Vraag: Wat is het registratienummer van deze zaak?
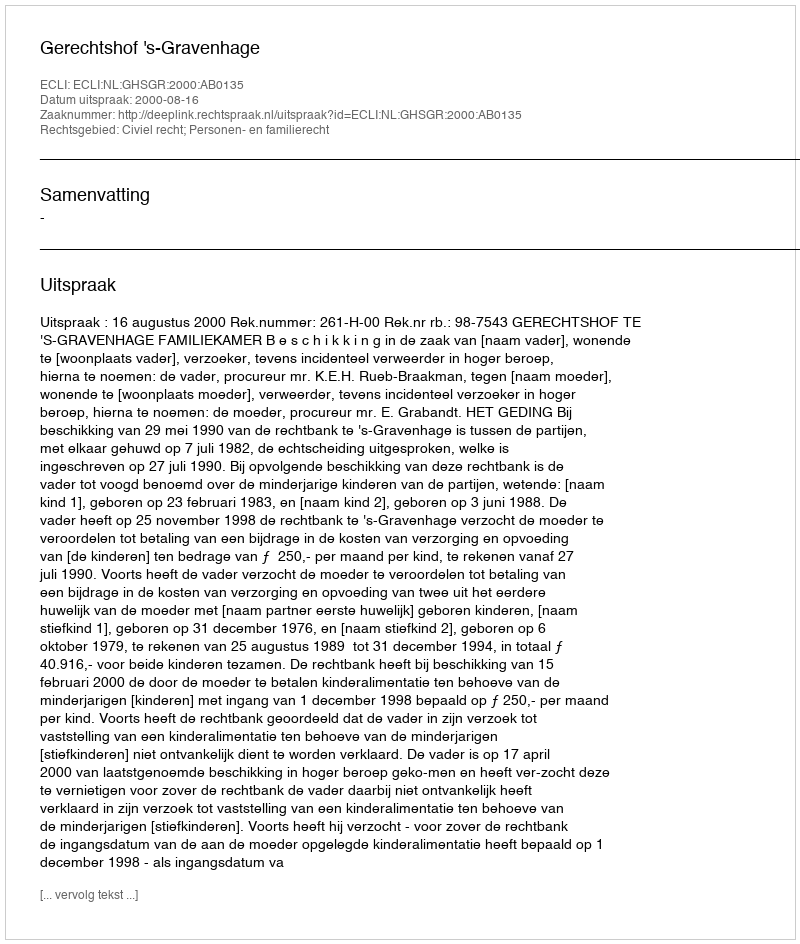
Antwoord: http://deeplink.rechtspraak.nl/uitspraak?id=ECLI:NL:GHSGR:2000:AB0135